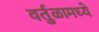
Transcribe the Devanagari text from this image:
वर्तुळामध्ये